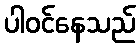
ပါဝင်နေသည်